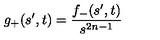
g _ { + } ( s ^ { \prime } , t ) = \frac { f _ { - } ( s ^ { \prime } , t ) } { s ^ { 2 n - 1 } }